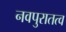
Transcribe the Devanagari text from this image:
नवपुरातत्व